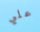
علي